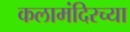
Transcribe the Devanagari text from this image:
कलामंदिरच्या